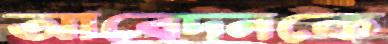
আবেদনকে